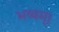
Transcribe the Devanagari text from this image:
भव्यम्।